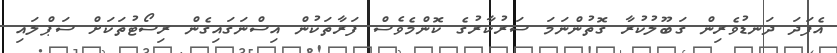
އެފަދަ ދަނޑުވެރިން ގަބޫލުކުރާ ގޮތުންނަމަ ސަރުކާރުގެ ކޮންމެވެސް ފަރާތަކުން އިސްނަގައިގެން ރިސޯޓުތަކަށް ސަޕްލައި